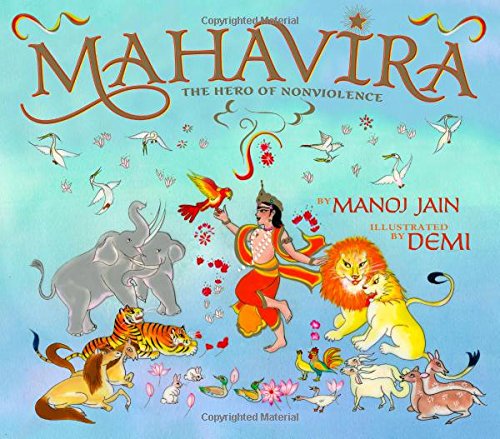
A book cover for Mahavira: The Hero of Nonviolence (Wisdom Tales); Manoj Jain; Children's Books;